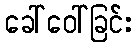
ခေါ်ဝေါ်ခြင်း